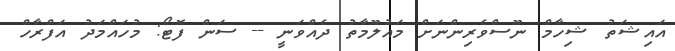
އައިޝަތު ޝިހާމް ނޫސްވެރިންނަށް މައުލޫމާތު ދެއްވަނީ -- ސަން ފޮޓޯ: މުހައްމަދު އަފްރާހް